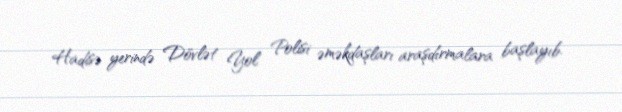
Hadisə yerində Dövlət Yol Polisi əməkdaşları araşdırmalara başlayıb.